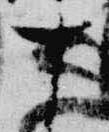
十